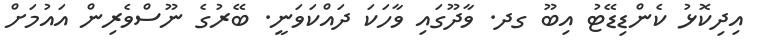
އިދިކޮޅު ކެންޑިޑޭޓު އިބޫ ގދ. ވާދޫގައި ވާހަކަ ދައްކަވަނީ. ބޭރުގެ ނޫސްވެރިން އައުމަށް